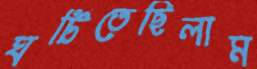
ঘটিতেছিলাম